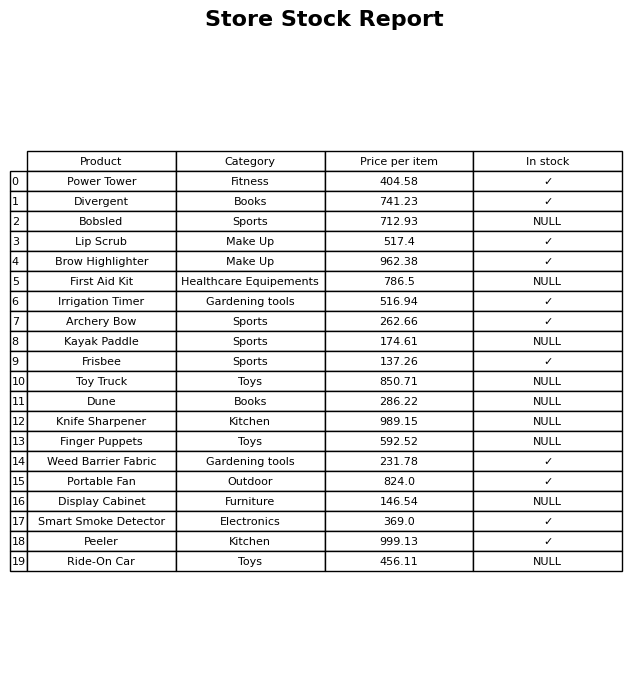
question: What is the price for Frisbee?
answer: The price of Frisbee is 137.26.